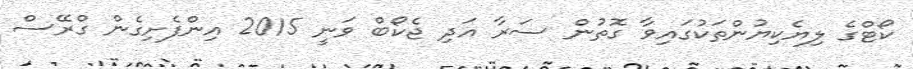
ކޯޓްގެ ލިޔެކިޔުންތަކުގައިވާ ގޮތުން ސަރާ އަދި ޖެކޯބް ވަނީ 2015 އިންފެށިގެން ގްރޭސް